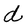
Character: d